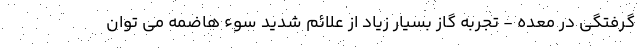
گرفتگی در معده - تجربه گاز بسیار زیاد از علائم شدید سوء هاضمه می توان